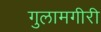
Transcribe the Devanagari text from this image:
गुलामगीरी